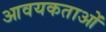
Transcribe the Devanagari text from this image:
आवयकताओं